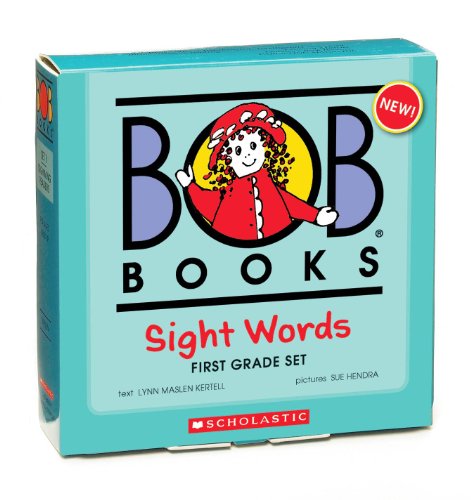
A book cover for Bob Books: Sight Words, 1st Grade; Lynn Maslen Kertell; Children's Books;